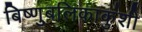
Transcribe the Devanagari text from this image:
बिष्णुबलिकाकुंशी